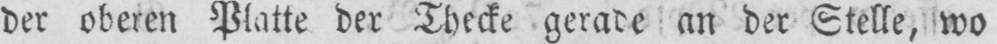
der oberen Platte der Thecke gerade an der Stelle, wo